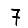
Digit: 7